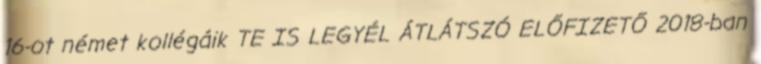
16-ot német kollégáik TE IS LEGYÉL ÁTLÁTSZÓ ELŐFIZETŐ 2018-ban